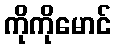
ကိုကိုမောင်